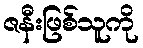
ဇနီးဖြစ်သူကို